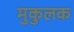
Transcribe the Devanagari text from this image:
मुकुलक